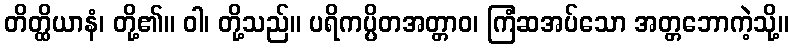
တိတ္ထိယာနံ၊ တို့၏။ ဝါ၊ တို့သည်။ ပရိကပ္ပိတအတ္တာဝ၊ ကြံဆအပ်သော အတ္တဘောကဲ့သို့။